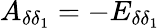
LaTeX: A_{\delta\delta_{1}}=-E_{\delta\delta_{1}}